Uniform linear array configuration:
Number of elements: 4
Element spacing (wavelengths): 0.5
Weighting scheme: blackman
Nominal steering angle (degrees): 15
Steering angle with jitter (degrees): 14.438
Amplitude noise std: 0.05
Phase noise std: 0.05

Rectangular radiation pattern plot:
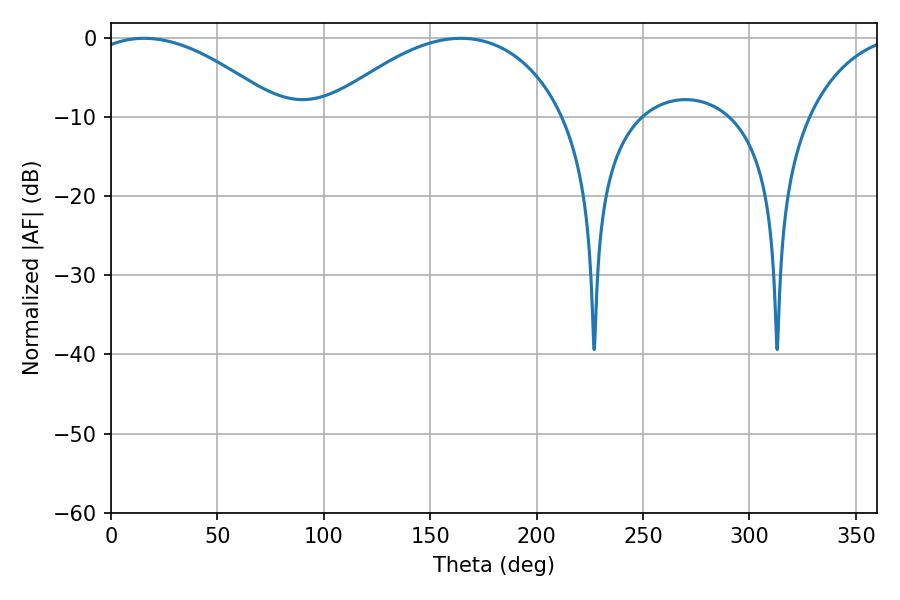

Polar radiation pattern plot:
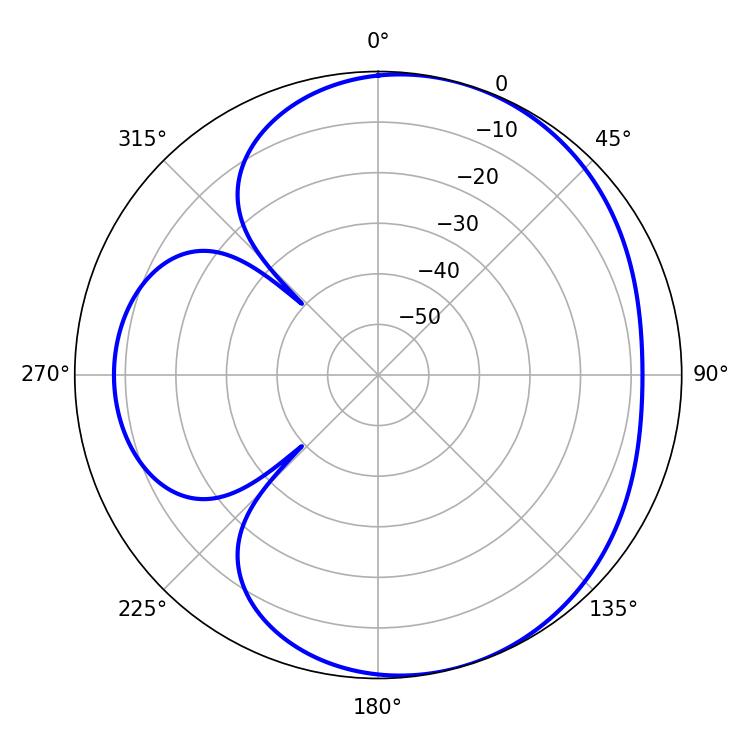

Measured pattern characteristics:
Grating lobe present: FALSE
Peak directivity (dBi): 4.764
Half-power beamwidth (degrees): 50.04
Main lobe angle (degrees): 15.66